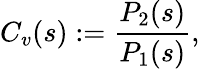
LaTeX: C_{v}(s):=\frac{P_{2}(s)}{P_{1}(s)},